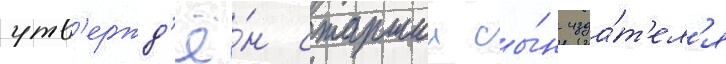
утв'ержд'ё́н старшии сы́н изда́т'ел'я